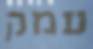
עמק